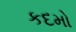
કદમો